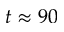
t \approx 9 0